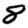
Digit: 8